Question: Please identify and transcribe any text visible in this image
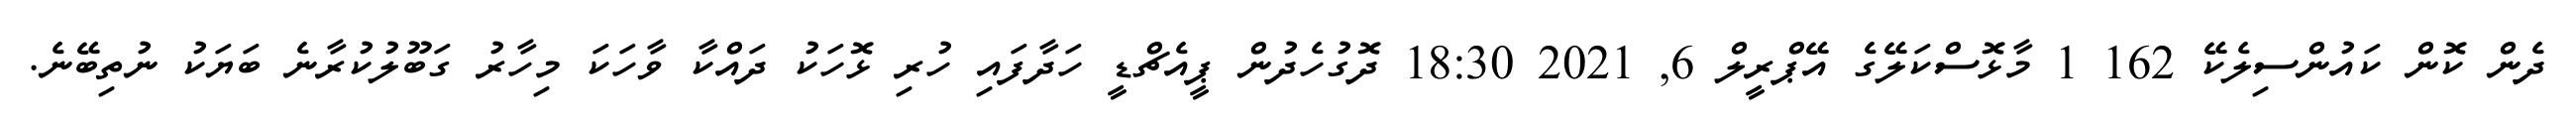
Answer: ދެން ކޮން ކައުންސިލެކޭ 162 1 މާޅޮސްކަލޭގެ އޭޕްރީލް 6, 2021 18:30 ދޮގުހެދުން ޕީއެޗްޑީ ހަދާފައި ހުރި ޅޮހަކު ދައްކާ ވާހަކަ މިހާރު ގަބޫލުކުރާނެ ބަޔަކު ނުތިބޭނެ.